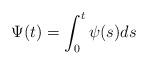
LaTeX: \begin{align*} \Psi(t) = \int_0^t \psi(s)ds\end{align*}